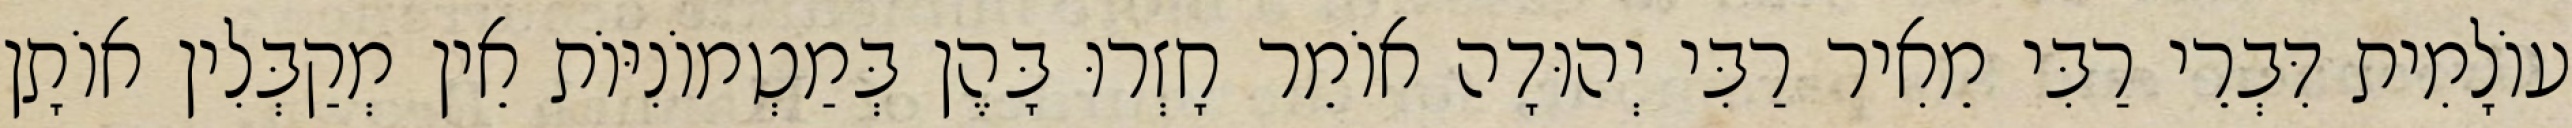
עוֹלָמִית דִּבְרֵי רַבִּי מֵאִיר רַבִּי יְהוּדָה אוֹמֵר חָזְרוּ בָּהֶן בְּמַטְמוֹנִיּוֹת אֵין מְקַבְּלִין אוֹתָן